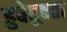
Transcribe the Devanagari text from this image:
हुबेहूबता